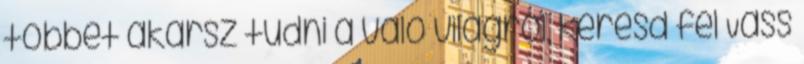
többet akarsz tudni a való világról, keresd fel Vass